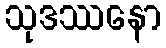
သုဒဿနော